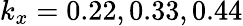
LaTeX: k_{x}=0.22,0.33,0.44